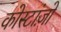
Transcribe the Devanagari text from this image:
कोस्टांज़ो